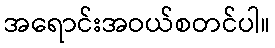
အရောင်းအဝယ်စတင်ပါ။